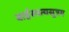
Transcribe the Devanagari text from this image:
बार्हस्पत्यसूत्रम